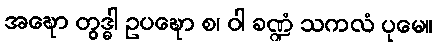
အဍ္ဎော တွဒ္ဓါ ဥပဍ္ဎော စ၊ ဝါ ခဏ္ဍံ သကလံ ပုမေ။